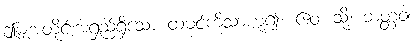
ဤမျှအတိုင်းအရှည်ရှိသော ထမင်ကိုသာဟူ၍။ ဧဝံ၊ သို့။ ဘတ္တံဝါ၊